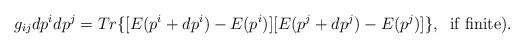
LaTeX: \begin{align*}g_{ij}dp^idp^j =Tr\{[E(p^i+dp^i)-E(p^i)][E(p^j+dp^j)-E(p^j)]\},\;\;\mbox{if finite)}.\end{align*}